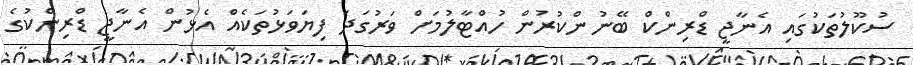
ސުކޫލުތަކުގައި އެނާޖީ ޑްރިންކް ބޭނުންކުރުން ހުއްޓާލުމަށް ވަރުގަދަ ފިޔަވަޅުތަކެއް އެޅުން އެނާޖީ ޑްރިންކުގެ